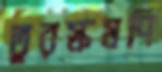
তুরস্কমণি